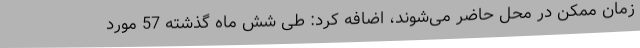
زمان ممکن در محل حاضر می‌شوند، اضافه کرد: طی شش ماه گذشته 57 مورد